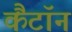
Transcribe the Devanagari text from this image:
कैंटॉन